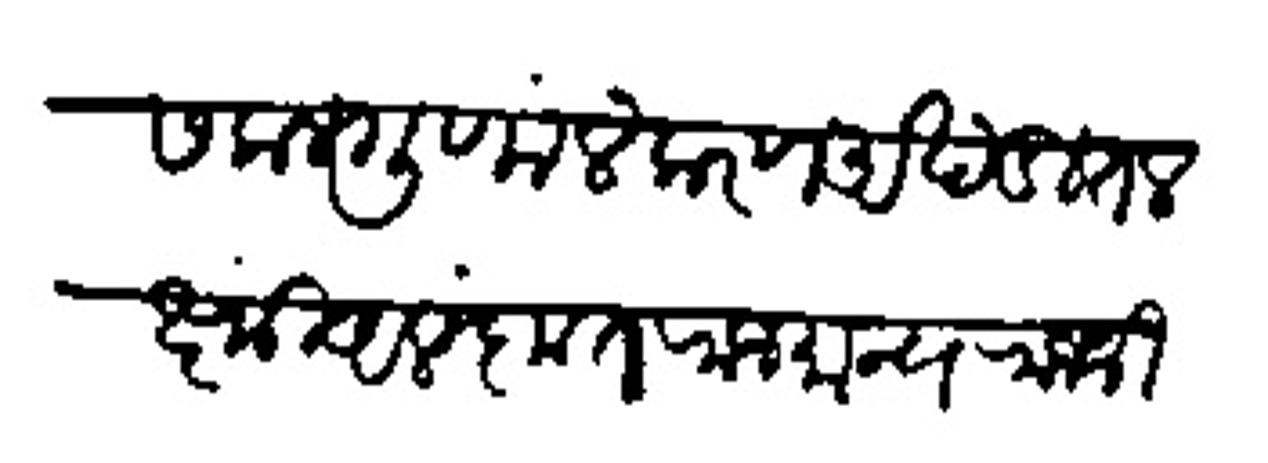
Transliteration (Devanagari): सकलगुणालंकरण अखंडित लक्ष्मी आलंकृत राजमान्य राजधी